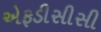
એફડીસીસી